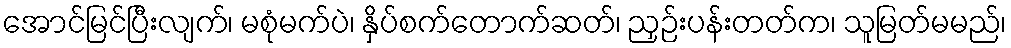
အောင်မြင်ပြီးလျက်၊ မစုံမက်ပဲ၊ နှိပ်စက်တောက်ဆတ်၊ ညှဉ်းပန်းတတ်က၊ သူမြတ်မမည်၊